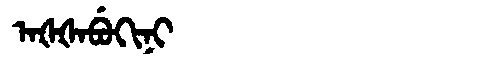
Manchu: ᠠᡧᡧᠠᠪᡠᡴᡳᠨᡳ
Romanization: AŠŠABUKINI